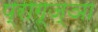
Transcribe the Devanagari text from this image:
प्राग्ज्ञा